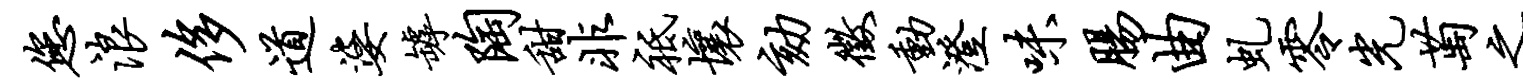
您浪侈道婆罅陶甜非祗壤劾征动澄味肠曲虬零光萄之